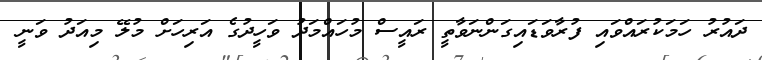
ދައުރު ހަމަކުރައްވައި ފުރާވަޑައިގަންނަވާތީ ރައީސް މުހައްމަދު ވަހީދުގެ އަރިހަށް މުލޭ މިއަދު ވަނީ